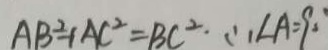
A B ^ { 2 } + A C ^ { 2 } = B C ^ { 2 } \cdot \therefore \angle A = 9 0 ^ { \circ }